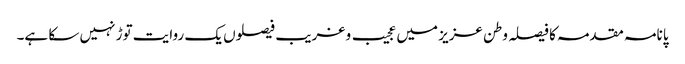
پانامہ مقدمہ کا فیصلہ وطن عزیز میں عجیب و غریب فیصلوں یک روایت توڑ نہیں سکا ہے۔